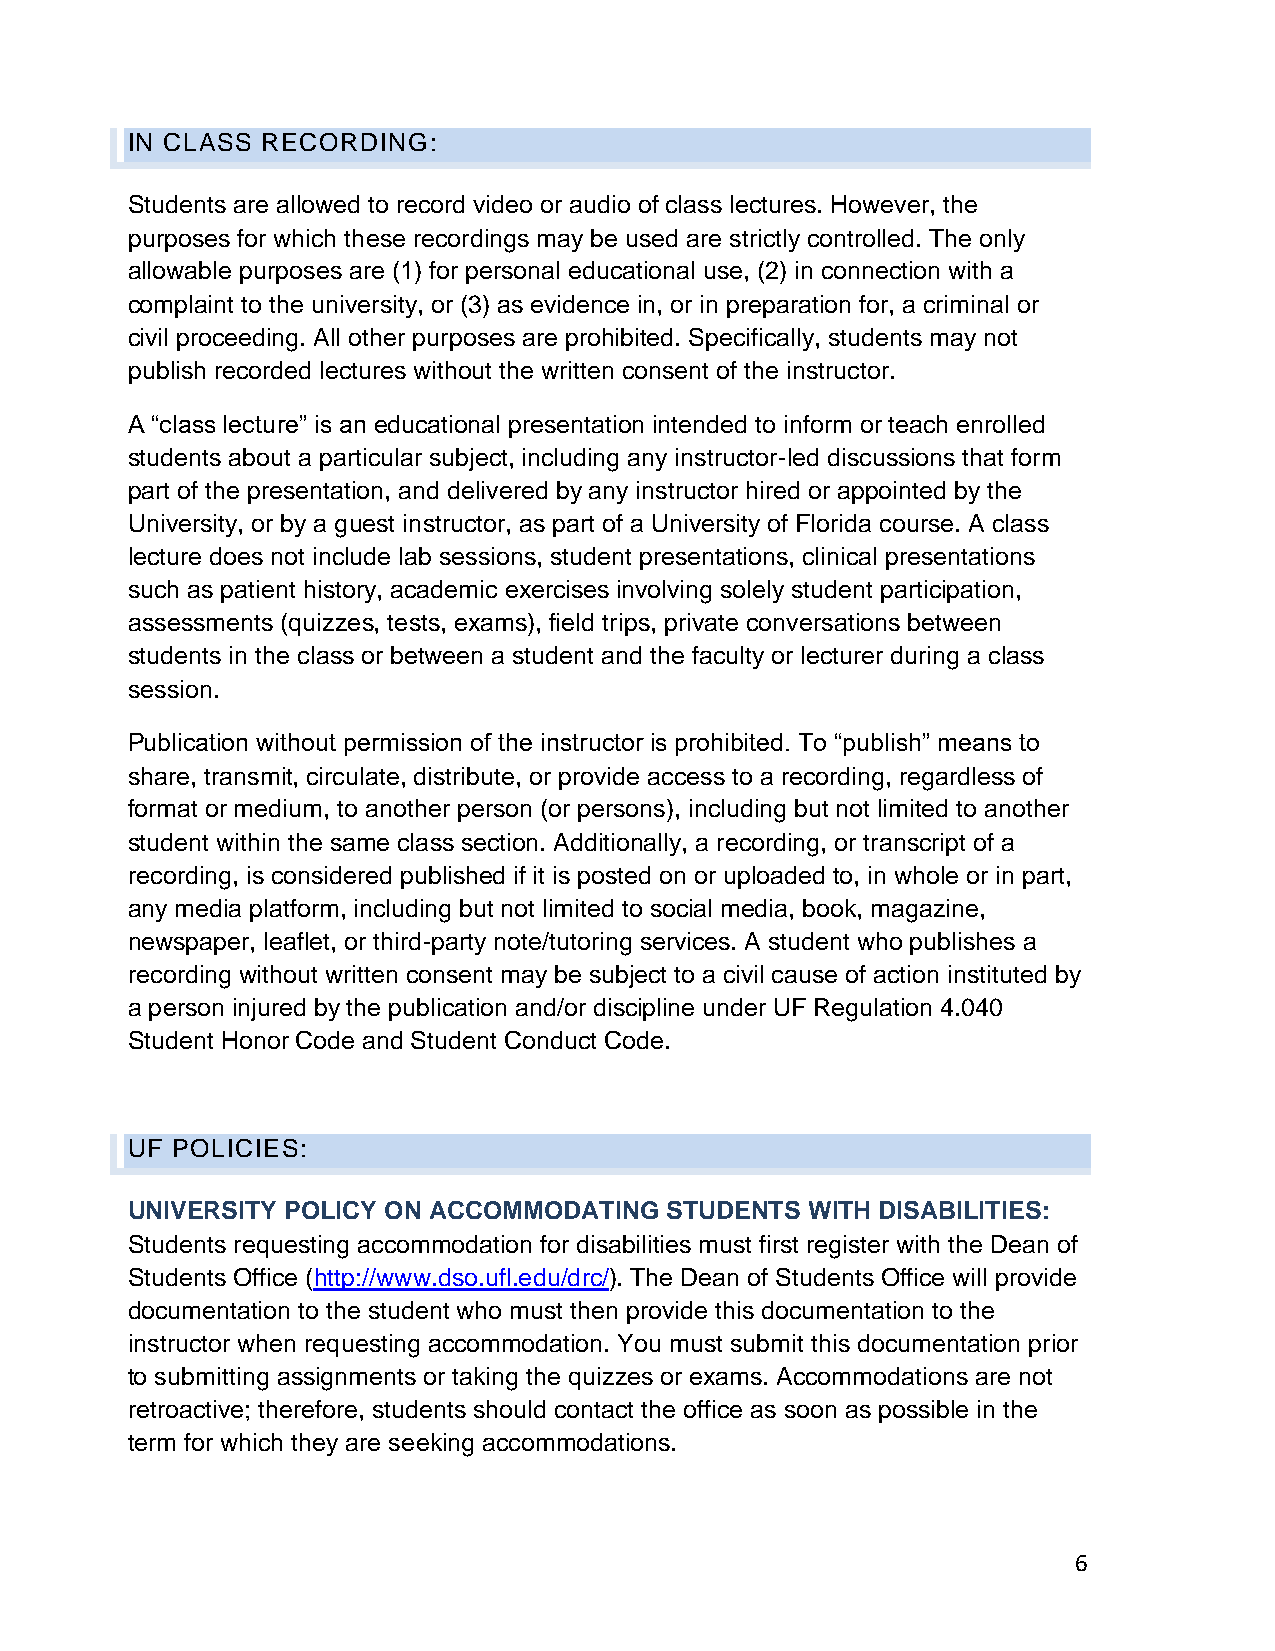
IN CLASS RECORDING:
 Students are allowed to record video or audio of class lectures. However, the
 purposes for which these recordings may be used are strictly controlled. The only
 allowable purposes are (1) for personal educational use, (2) in connection with a
 complaint to the university, or (3) as evidence in, or in preparation for, a criminal or
 civil proceeding. All other purposes are prohibited. Specifically, students may not
 publish recorded lectures without the written consent of the instructor.
 A “class lecture” is an educational presentation intended to inform or teach enrolled
 students about a particular subject, including any instructor-led discussions that form
 part of the presentation, and delivered by any instructor hired or appointed by the
 University, or by a guest instructor, as part of a University of Florida course. A class
 lecture does not include lab sessions, student presentations, clinical presentations
 such as patient history, academic exercises involving solely student participation,
 assessments (quizzes, tests, exams), field trips, private conversations between
 students in the class or between a student and the faculty or lecturer during a class
 session.
 Publication without permission of the instructor is prohibited. To “publish” means to
 share, transmit, circulate, distribute, or provide access to a recording, regardless of
 format or medium, to another person (or persons), including but not limited to another
 student within the same class section. Additionally, a recording, or transcript of a
 recording, is considered published if it is posted on or uploaded to, in whole or in part,
 any media platform, including but not limited to social media, book, magazine,
 newspaper, leaflet, or third-party note/tutoring services. A student who publishes a
 recording without written consent may be subject to a civil cause of action instituted by
 a person injured by the publication and/or discipline under UF Regulation 4.040
 Student Honor Code and Student Conduct Code.
 UF POLICIES:
 UNIVERSITY POLICY ON ACCOMMODATING  STUDENTS  WITH DISABILITIES:
 Students requesting accommodation for disabilities must first register with the Dean of
 Students Office (http://www.dso.ufl.edu/drc/). The Dean of Students Office will provide
 documentation to the student who must then provide this documentation to the
 instructor when requesting accommodation. You must submit this documentation prior
 to submitting assignments or taking the quizzes or exams. Accommodations are not
 retroactive; therefore, students should contact the office as soon as possible in the
 term for which they are seeking accommodations.
 6